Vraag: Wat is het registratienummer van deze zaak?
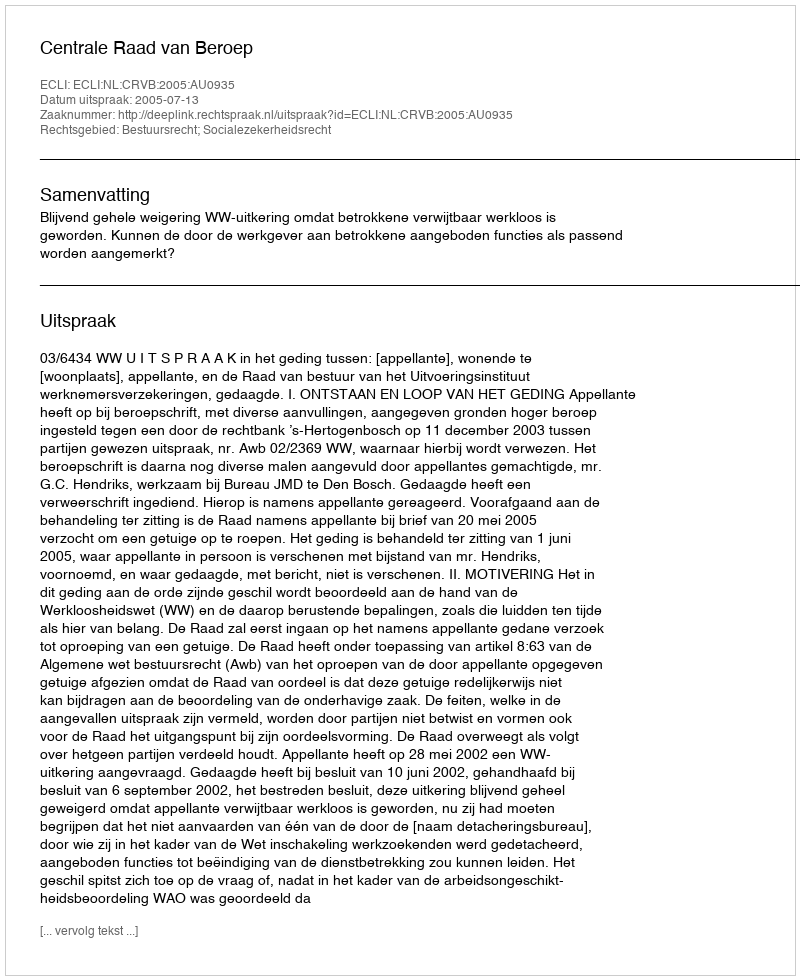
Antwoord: http://deeplink.rechtspraak.nl/uitspraak?id=ECLI:NL:CRVB:2005:AU0935